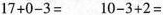
$$1 7 + 0 - 3 =$$ $$1 0 - 3 + 2 =$$